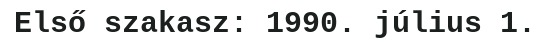
Első szakasz: 1990. július 1.